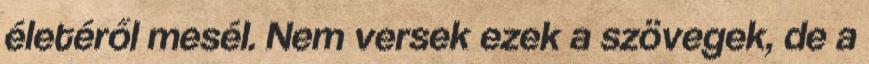
életéről mesél. Nem versek ezek a szövegek, de a